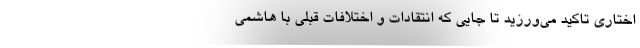
اختاری تاکید می‌ورزید تا جایی که انتقادات و اختلافات قبلی با هاشمی